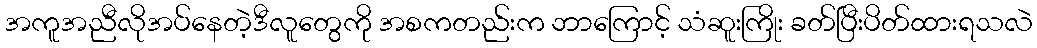
အကူအညီလိုအပ်နေတဲ့ဒီလူတွေကို အစကတည်းက ဘာကြောင့် သံဆူးကြိုး ခတ်ပြီးပိတ်ထားရသလဲ